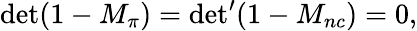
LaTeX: {\operatorname*{det}(1-M_{\pi})={\operatorname*{det}}^{\prime}(1-M_{nc})=0,}